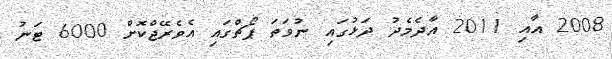
2008 އާއި 2011 އާދެމެދު ދަޅުގައި ނުވަތަ ޕޯޗްގައި އެވެރޭޖްކޮށް 6000 ޓަނު